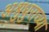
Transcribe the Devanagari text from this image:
अश्रुधुराच्या